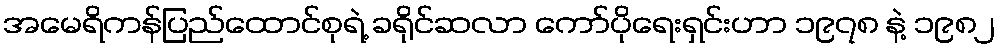
အမေရိကန်ပြည်ထောင်စုရဲ့ ခရိုင်ဆလာ ကော်ပိုရေးရှင်းဟာ ၁၉၇၈ နဲ့ ၁၉၈၂